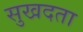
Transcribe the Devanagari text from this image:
सुखदता